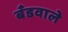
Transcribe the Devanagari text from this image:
बँडवाले